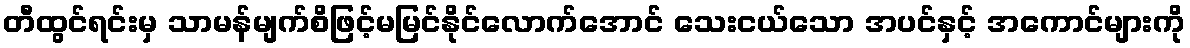
တီထွင်ရင်းမှ သာမန်မျက်စိဖြင့်မမြင်နိုင်လောက်အောင် သေးငယ်သော အပင်နှင့် အကောင်များကို